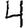
Digit: 4